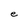
Character: e